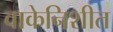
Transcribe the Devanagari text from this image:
वाकेनिशीत